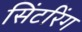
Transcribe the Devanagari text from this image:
सिंटरिंग